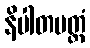
နိပါတမတ္တံ